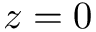
z = 0